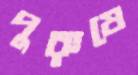
পুরুষে